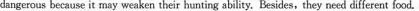
dangerous because it may weaken their hunting ablity. Besides,they need different food.